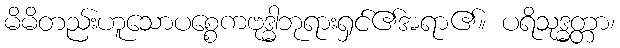
မိမိတည်းဟူသောပစ္စေကဗုဒ္ဓါဘုရားရှင်၏အရာ၏။ ပရိသုဒ္ဓတ္တာ၊